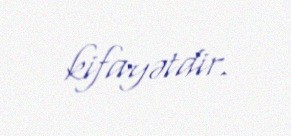
kifayətdir.